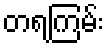
တရကြမ်း